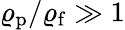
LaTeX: \varrho_{\mathrm{p}}/\varrho_{\mathrm{f}}\gg 1